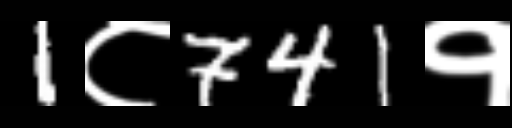
Text: 1८741१